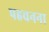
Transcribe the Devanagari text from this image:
पहचनना